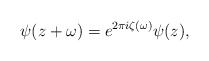
\begin{align*}\psi(z + \omega) = e^{2 \pi i \zeta(\omega)} \psi(z),\end{align*}